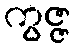
ကွဇ္ဇ